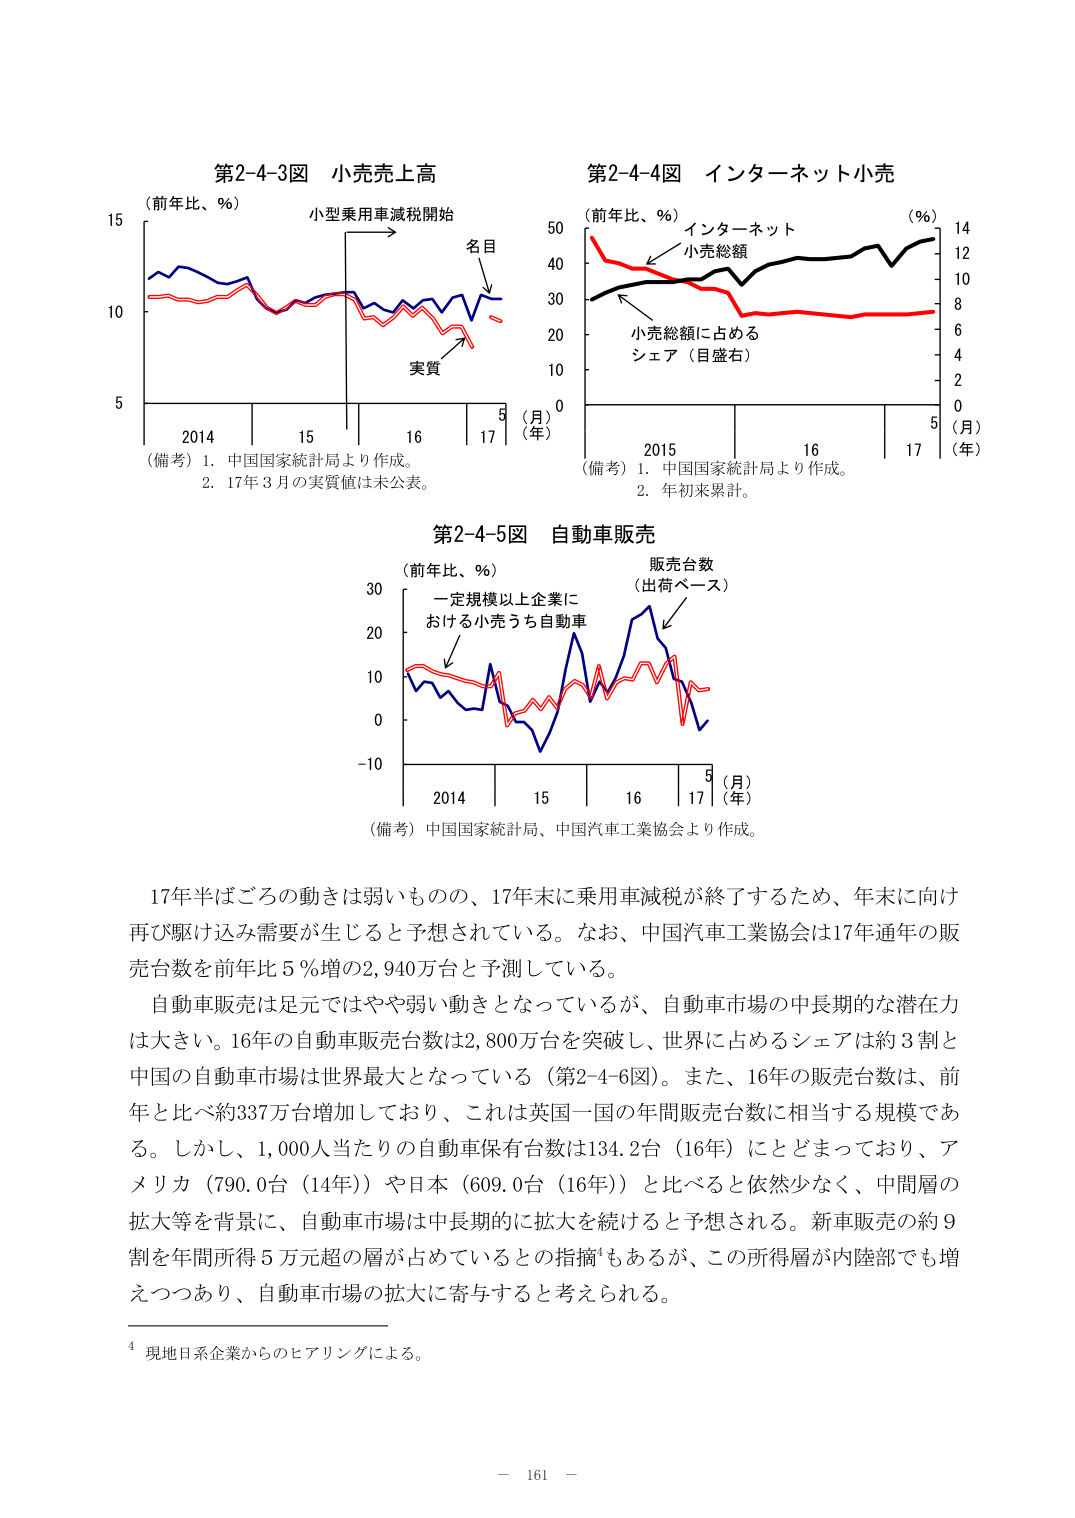
第2-4-3図 小売売上高
（前年比、％）
小型乗用車減税開始
名目
実質
2014 15 16 17 （月）（年）
（備考）1. 中国国家統計局より作成。
2. 17年3月の実質値は未公表。

第2-4-4図 インターネット小売
（前年比、％）
インターネット
小売総額
小売総額に占める
シェア（目盛右）
（％）
14 12 10 8 6 4 2 0
50 40 30 20 10 0
2015 16 17 （月）（年）
（備考）1. 中国国家統計局より作成。
2. 年初累計。

第2-4-5図 自動車販売
（前年比、％）
一定規模以上企業に
おける小売うち自動車
販売台数
（出荷ベース）
30 20 10 0 -10
2014 15 16 17 （月）（年）
（備考）中国国家統計局、中国汽車工業協会より作成。

17年半ばごろの動きは弱いものの、17年末に乗用車減税が終了するため、年末に向け再び駆け込み需要が生じると予想されている。なお、中国汽車工業協会は17年通年の販売台数を前年比5％増の2,940万台と予測している。
自動車販売は足元ではやや弱い動きとなっているが、自動車市場の中長期的な潜在力は大きい。16年の自動車販売台数は2,800万台を突破し、世界に占めるシェアは約3割と中国の自動車市場は世界最大となっている（第2-4-6図）。また、16年の販売台数は、前年と比べ約337万台増加しており、これは英国一国の年間販売台数に相当する規模である。しかし、1,000人当たりの自動車保有台数は134.2台（16年）にとどまっており、アメリカ（790.0台（14年））や日本（609.0台（16年））と比べると依然少なく、中間層の拡大等を背景に、自動車市場は中長期的に拡大を続けると予想される。新車販売の約9割を年間所得5万元超の層が占めているとの指摘⁴もあるが、この所得層が内陸部でも増えつつあり、自動車市場の拡大に寄与すると考えられる。

⁴ 現地日系企業からのヒアリングによる。

－ 161 －